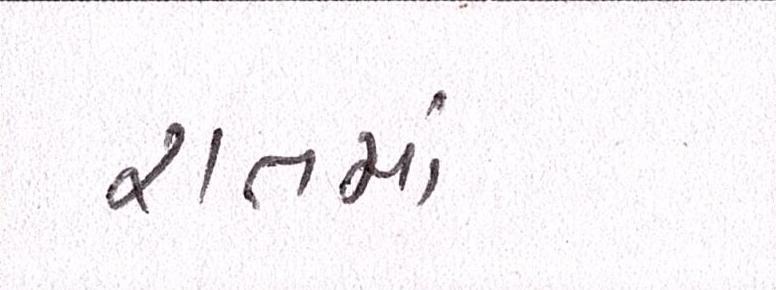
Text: રાતમાં